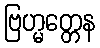
ဗြဟ္မတ္တေန